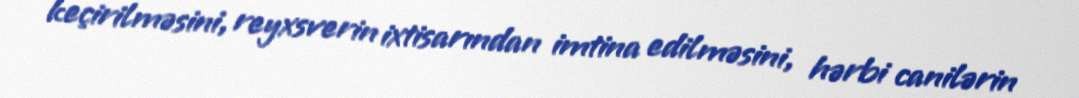
keçirilməsini, reyxsverin ixtisarından imtina edilməsini, hərbi canilərin